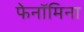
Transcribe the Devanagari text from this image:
फेनॉमिना